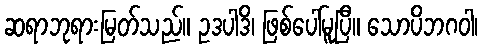
ဆရာဘုရားမြတ်သည်။ ဥဒပါဒိ၊ ဖြစ်ပေါ်မူပြီ။ သောပိဘဂဝါ၊